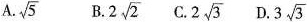
A. \sqrt{5} B. 2 \sqrt{2} C. 2 \sqrt{3} D.3 \sqrt{3}